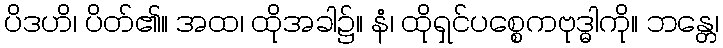
ပိဒဟိ၊ ပိတ်၏။ အထ၊ ထိုအခါ၌။ နံ၊ ထိုရှင်ပစ္စေကဗုဒ္ဓါကို။ ဘန္တေ၊